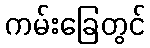
ကမ်းခြေတွင်